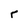
Character: r